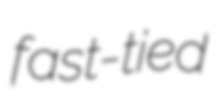
fast-tied